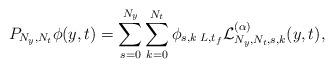
LaTeX: \begin{align*}{P_{{N_y},{N_t}}}\phi (y,t) = \sum\limits_{s = 0}^{{N_y}} {\sum\limits_{k = 0}^{{N_t}} {{\phi _{s,k}}\,{}_{L,t_f }\mathcal{L} _{{N_y},{N_t},s,k}^{(\alpha )}(y,t)} } ,\end{align*}